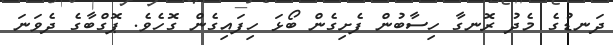
ދަނޑުގެ މެދު ރޮނގާ ހިސާބުން ފެށިގެން ބޯޅަ ހިފައިގެން ގޮހެވެ. ޕޮގްބާގެ ދެވަނަ